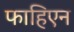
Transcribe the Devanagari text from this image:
फाहिएन